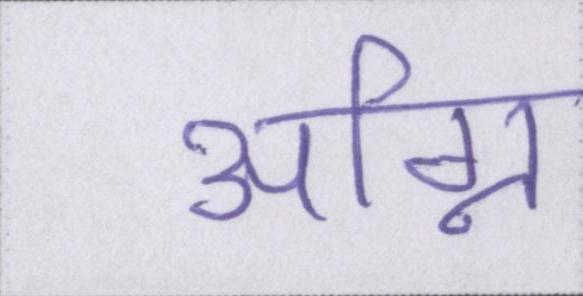
अग्नि